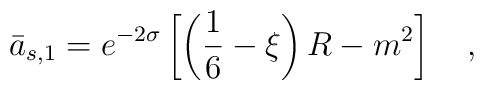
\bar{a}_{s,1}=e^{-2\sigma}\left[\left(\frac 16-\xi\right) R-m^2\right]~~~,